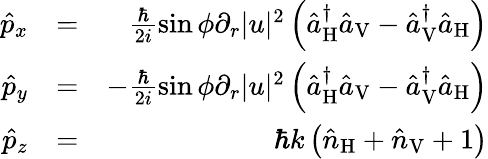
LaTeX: \begin{array}{rlr}{\hat{p}_{x}}&{=}&{\frac{\hbar}{2i}\sin\phi\partial_{r}|u|^{2}\left(\hat{a}_{\mathrm{H}}^{\dagger}\hat{a}_{\mathrm{V}}-\hat{a}_{\mathrm{V}}^{\dagger}\hat{a}_{\mathrm{H}}\right)}\\ {\hat{p}_{y}}&{=}&{-\frac{\hbar}{2i}\sin\phi\partial_{r}|u|^{2}\left(\hat{a}_{\mathrm{H}}^{\dagger}\hat{a}_{\mathrm{V}}-\hat{a}_{\mathrm{V}}^{\dagger}\hat{a}_{\mathrm{H}}\right)}\\ {\hat{p}_{z}}&{=}&{\hbar k\left(\hat{n}_{\mathrm{H}}+\hat{n}_{\mathrm{V}}+1\right)}\end{array}